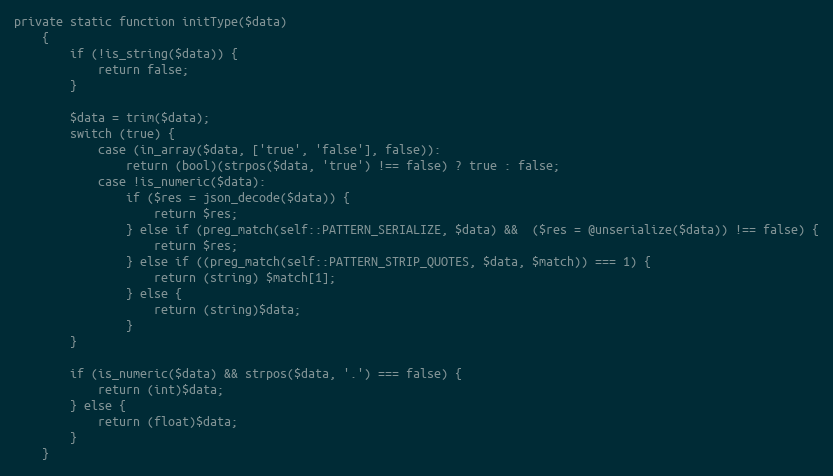
Language: PHP
private static function initType($data)
    {
        if (!is_string($data)) {
            return false;
        }

        $data = trim($data);
        switch (true) {
            case (in_array($data, ['true', 'false'], false)):
                return (bool)(strpos($data, 'true') !== false) ? true : false;
            case !is_numeric($data):
                if ($res = json_decode($data)) {
                    return $res;
                } else if (preg_match(self::PATTERN_SERIALIZE, $data) &&  ($res = @unserialize($data)) !== false) {
                    return $res;
                } else if ((preg_match(self::PATTERN_STRIP_QUOTES, $data, $match)) === 1) {
                    return (string) $match[1];
                } else {
                    return (string)$data;
                }
        }

        if (is_numeric($data) && strpos($data, '.') === false) {
            return (int)$data;
        } else {
            return (float)$data;
        }
    }